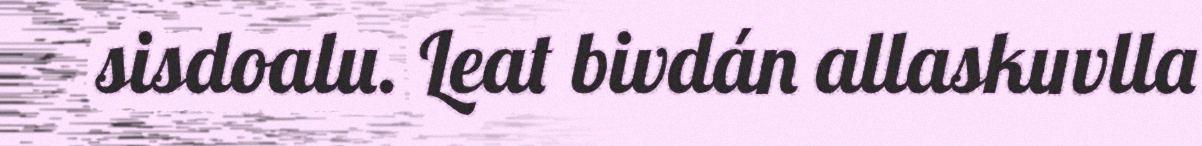
sisdoalu. Leat bivdán allaskuvlla